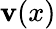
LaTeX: \mathbf{v}(x)